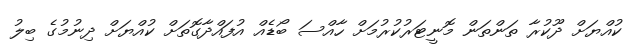
ކުއްޔަށް ދޫކުރާ ތަންތަން މޮނީޓަރުކުރުމަށް ހާއްސަ ބޯޑެއް އުފައްދާގޮތަށް ކުއްޔަށް ދިނުމުގެ ބިލު